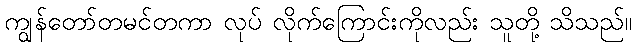
ကျွန်တော်တမင်တကာ လုပ် လိုက်ကြောင်းကိုလည်း သူတို့ သိသည်။